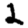
Digit: 2